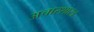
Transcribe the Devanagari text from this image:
अचारशास्त्र